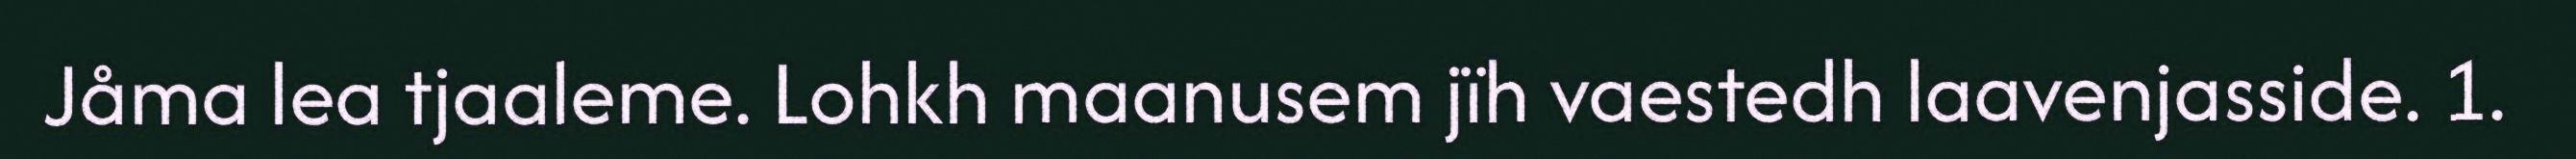
Jåma lea tjaaleme. Lohkh maanusem jïh vaestedh laavenjasside. 1.